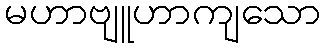
မဟာဗျူဟာကျသော